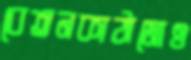
বেতনকাঠামোও